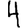
Digit: 4